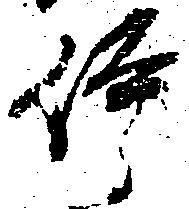
伊